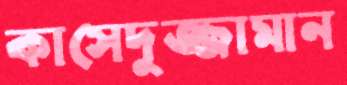
কাসেদুজ্জামান